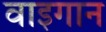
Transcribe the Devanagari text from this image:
वाइगान